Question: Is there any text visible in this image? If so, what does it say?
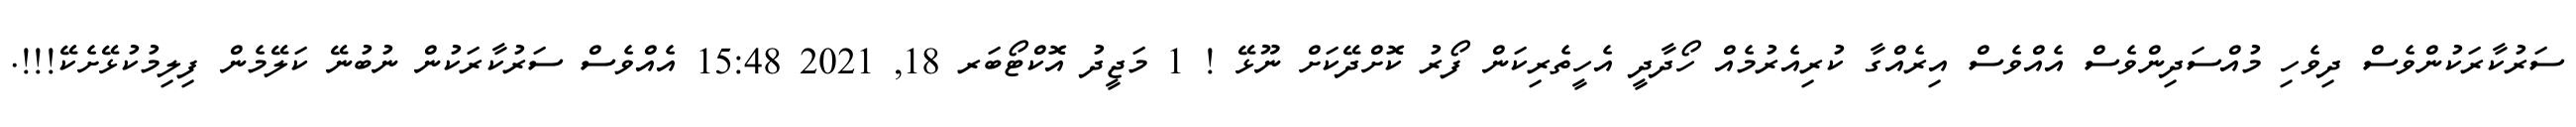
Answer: ސަރުކާރަކުންވެސް ދިވެހި މުއްސަދިންވެސް އެއްވެސް އިރެއްގާ ކުރިއެރުމެއް ހޯދާދީ އެހީތެރިކަން ފޯރު ކޮށްދޭކަށް ނޫޅޭ ! 1 މަޖީދު އޮކްޓޯބަރ 18, 2021 15:48 އެއްވެސް ސަރުކާރަކުން ނުބުނޭ ކަލޭމެން ފިލިމުކުޅޭށެކޭ!!!.